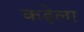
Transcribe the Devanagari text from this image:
कड़ेला